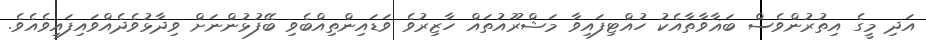
އަދި މީގެ އިތުރުންވެސް ބަޣާވާތާއެކު ހުއްޓިފައިވާ މަޝްރޫއުތައް ހާޒިރުވެ ވަޑައިންތިއްބެވި ބޭފުޅުންނަށް ވިދާޅުވެދެއްވައިފައިވެއެވެ.